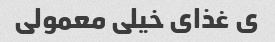
ی غذای خیلی معمولی